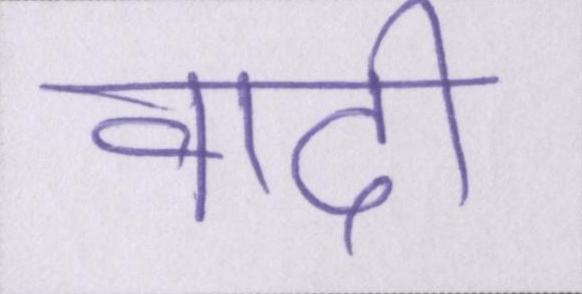
वादी